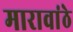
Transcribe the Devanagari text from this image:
मारावांठे